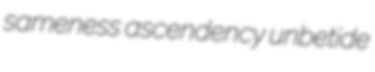
sameness ascendency unbetide